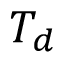
T _ { d }